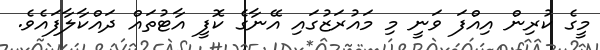
މީގެ ކުރިން އިއްފަ ވަނީ މި މައުރަޒުގައި އޭނާގެ ކޮފީ އާޓުތައް ދައްކާލާފައެވެ.